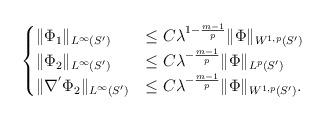
LaTeX: \begin{align*} \begin{cases}\Vert \Phi_1\Vert_{L^{\infty}(S')} &\leq C \lambda^{1-\frac{m-1}{p}} \Vert \Phi\Vert_{W^{1,p}(S')} \\\Vert \Phi_2\Vert_{L^{\infty}(S')} &\leq C \lambda^{-\frac{m-1}{p}} \Vert \Phi\Vert_{L^p(S')} \\\Vert \nabla^{'} \Phi_2\Vert_{L^{\infty}(S')} &\leq C \lambda^{-\frac{m-1}{p}} \Vert \Phi\Vert_{W^{1,p}(S')}.\end{cases}\end{align*}